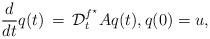
LaTeX: \begin{align*}\frac{d}{dt}q(t) \, = \, \mathcal{D}_t^{f^\star} Aq(t), q(0) = u,\end{align*}